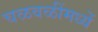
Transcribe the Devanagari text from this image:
चळवळींमध्यें